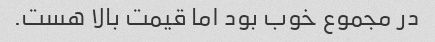
در مجموع خوب بود اما قیمت بالا هست.